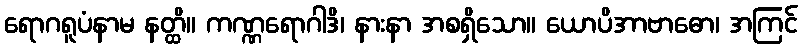
ရောဂရူပံနာမ နတ္ထိ။ ကဏ္ဏရောဂါဒိ၊ နားနာ အစရှိသော။ ယောပိအာဗာဓော၊ အကြင်